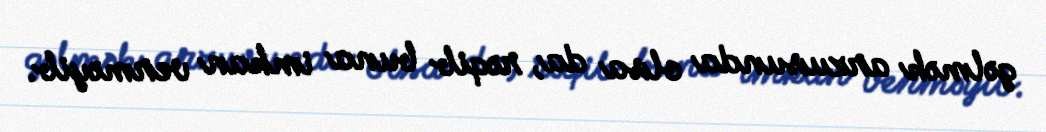
gəlmək arzusunda olsa da, rəqib buna imkan verməyib.